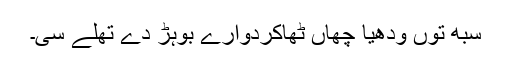
سبھ توں ودھیا چھاں ٹھاکردوارے بوہڑ دے تھلے سی۔